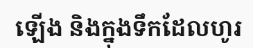
ឡើង និងក្នុងទឹកដែលហូរ